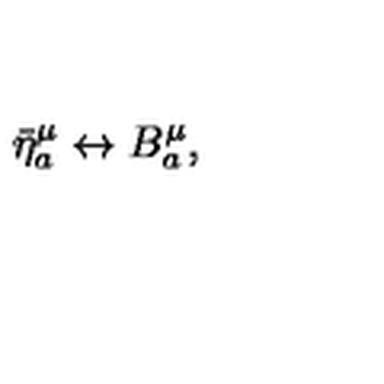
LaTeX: \bar { \eta } _ { a } ^ { \mu } \leftrightarrow B _ { a } ^ { \mu } ,